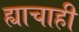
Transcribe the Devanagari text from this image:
ह्याचाही